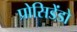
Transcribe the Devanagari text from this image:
प्रोसिडेंडो